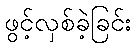
ဖွင့်လှစ်ခဲ့ခြင်း